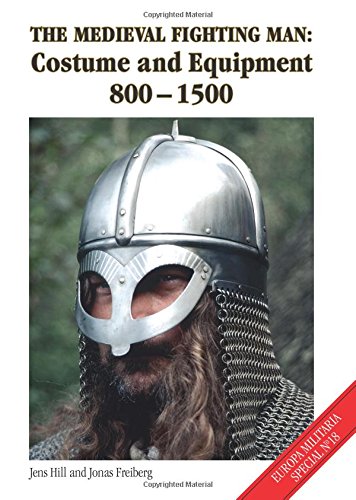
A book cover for The Medieval Fighting Man - Europa Militaria Special No. 18: Costume and Equipment 800 - 1500; Jens Hill; Crafts, Hobbies & Home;